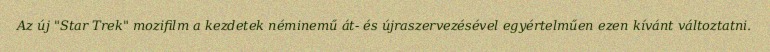
Az új "Star Trek" mozifilm a kezdetek néminemű át- és újraszervezésével egyértelműen ezen kívánt változtatni.